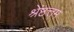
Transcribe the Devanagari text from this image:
श्रेष्ठत्तम